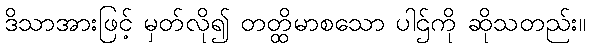
ဒိသာအားဖြင့် မှတ်လို၍ တတ္ထိမာစသော ပါဌ်ကို ဆိုသတည်း။